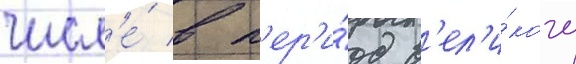
числ'е́ в п'ер'и́од в'ел'и́кого